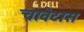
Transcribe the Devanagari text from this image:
चावेटास